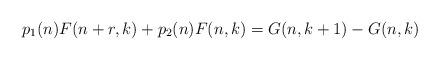
LaTeX: \begin{align*}p_{1}(n) F(n + r, k) + p_{2}(n) F(n, k) = G(n, k+1) - G(n, k) \end{align*}